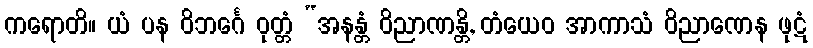
ကရောတိ။ ယံ ပန ဝိဘင်္ဂေ ဝုတ္တံ “အနန္တံ ဝိညာဏန္တိ, တံယေဝ အာကာသံ ဝိညာဏေန ဖုဋံ